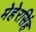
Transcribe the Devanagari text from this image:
मेहेरसिंह